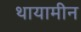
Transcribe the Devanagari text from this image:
थायामीन